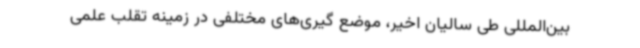
بین‌المللی طی سالیان اخیر، موضع گیری‌های مختلفی در زمینه تقلب علمی